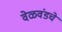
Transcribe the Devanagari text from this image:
वेळवंडचे